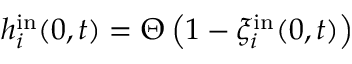
h _ { i } ^ { \mathrm { i n } } ( 0 , t ) = \Theta \left( 1 - \xi _ { i } ^ { \mathrm { i n } } ( 0 , t ) \right)